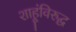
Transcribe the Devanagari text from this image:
शाहूंविरुद्घ